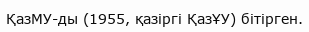
ҚазМУ-ды (1955, қазіргі ҚазҰУ) бітірген.